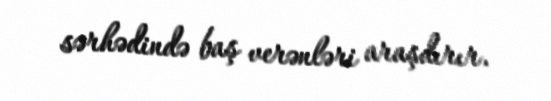
sərhədində baş verənləri araşdırır.